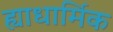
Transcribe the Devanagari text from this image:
ह्याधार्मिक